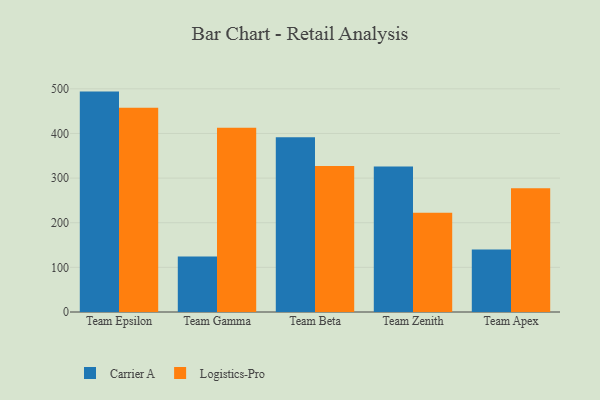
{"axis": {"x": "Team", "y": "Production Output"}, "legend": ["Carrier A", "Logistics-Pro"], "data": [{"x": "Team Epsilon", "y": 493.8, "type": "Carrier A"}, {"x": "Team Epsilon", "y": 457.5, "type": "Logistics-Pro"}, {"x": "Team Gamma", "y": 124.2, "type": "Carrier A"}, {"x": "Team Gamma", "y": 412.6, "type": "Logistics-Pro"}, {"x": "Team Beta", "y": 391.8, "type": "Carrier A"}, {"x": "Team Beta", "y": 327.0, "type": "Logistics-Pro"}, {"x": "Team Zenith", "y": 326.0, "type": "Carrier A"}, {"x": "Team Zenith", "y": 222.4, "type": "Logistics-Pro"}, {"x": "Team Apex", "y": 140.3, "type": "Carrier A"}, {"x": "Team Apex", "y": 277.1, "type": "Logistics-Pro"}]}